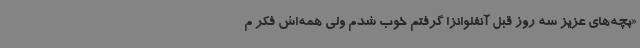
«بچه‌های عزیز سه روز قبل آنفلوانزا گرفتم خوب شدم ولی همه‌اش فکر م